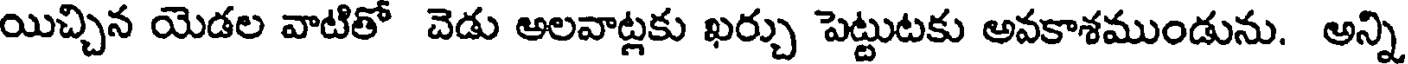
యిచ్చిన యెడల వాటితో చెడు అలవాట్లకు ఖర్చు పెట్టుటకు అవకాశముండును. అన్ని